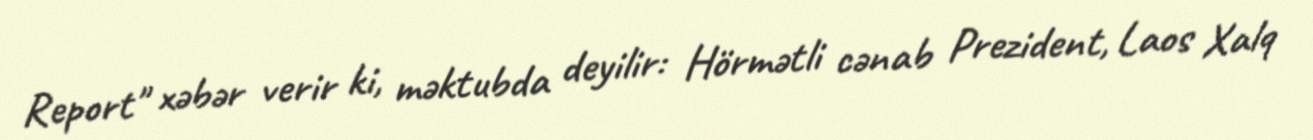
Report" xəbər verir ki, məktubda deyilir: Hörmətli cənab Prezident, Laos Xalq